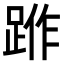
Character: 𨁔